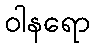
ဝါနရော